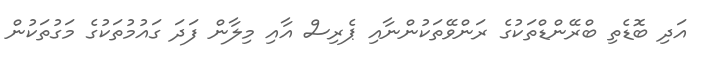
އަދި ބޮޑެތި ބްރޭންޑްތަކުގެ ރަންވޭތަކުންނާއި ޕެރިސް އާއި މިލާން ފަދަ ގައުމުތަކުގެ މަގުތަކުން